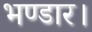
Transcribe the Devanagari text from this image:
भण्डार।